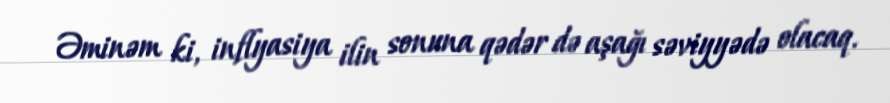
Əminəm ki, inflyasiya ilin sonuna qədər də aşağı səviyyədə olacaq.